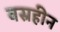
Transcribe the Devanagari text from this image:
वस्रहीन